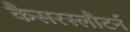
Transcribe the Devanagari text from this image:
कैसरस्लौटर्न